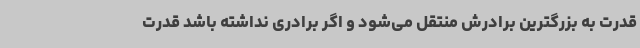
قدرت به بزرگترین برادرش منتقل می‌شود و اگر برادری نداشته باشد قدرت